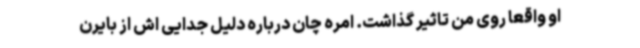
او واقعا روی من تاثیر گذاشت. امره چان درباره دلیل جدایی اش از بایرن